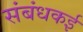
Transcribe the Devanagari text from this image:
संबंधकई